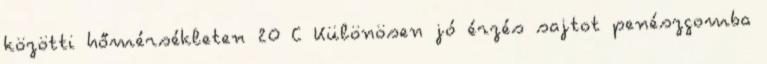
közötti hőmérsékleten 20 C Különösen jó érzés sajtot penészgomba